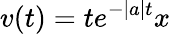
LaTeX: v(t)=te^{-|a|t}x